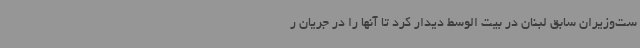
ست‌وزیران سابق لبنان در بیت الوسط دیدار کرد تا آنها را در جریان ر